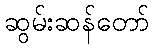
ဆွမ်းဆန်တော်